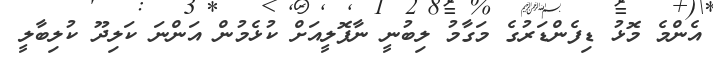
އެންމެ މޮޅު ޑިފެންޑަރުގެ މަގާމު ލިބުނީ ނާޕޮލީއަށް ކުޅެމުން އަންނަ ކަލިދޫ ކުލިބާލީ